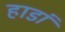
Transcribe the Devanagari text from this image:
हाडां